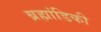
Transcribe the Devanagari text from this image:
ब्रह्मांडिकी